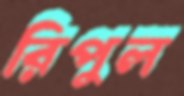
রিপুল